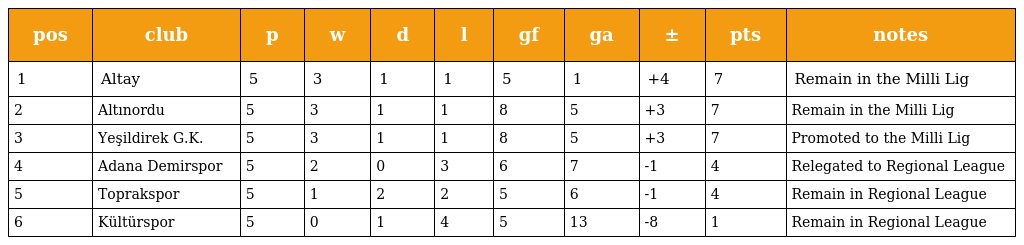
| pos | club | p | w | d | l | gf | ga | ± | pts | notes |
 | --- | --- | --- | --- | --- | --- | --- | --- | --- | --- | --- |
 | 1 | Altay | 5 | 3 | 1 | 1 | 5 | 1 | +4 | 7 | Remain in the Milli Lig |
 | 2 | Altınordu | 5 | 3 | 1 | 1 | 8 | 5 | +3 | 7 | Remain in the Milli Lig |
 | 3 | Yeşildirek G.K. | 5 | 3 | 1 | 1 | 8 | 5 | +3 | 7 | Promoted to the Milli Lig |
 | 4 | Adana Demirspor | 5 | 2 | 0 | 3 | 6 | 7 | -1 | 4 | Relegated to Regional League |
 | 5 | Toprakspor | 5 | 1 | 2 | 2 | 5 | 6 | -1 | 4 | Remain in Regional League |
 | 6 | Kültürspor | 5 | 0 | 1 | 4 | 5 | 13 | -8 | 1 | Remain in Regional League |